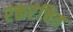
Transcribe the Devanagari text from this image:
रक्तरंचित